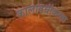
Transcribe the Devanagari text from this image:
कालावधीकरता